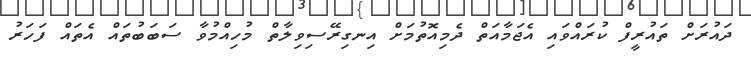
ދައުރަށް ތައުރީފް ކުރައްވައި އެޖަމާއަތް ދެމިއޮތުމަށް އިނގިރޭސިވިލާތް މުހިއްމުވާ ސަބަބުތައް އެތައް ފަހަރު